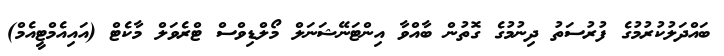
ބައްދަލުކުރުމުގެ ފުރުސަތު ދިނުމުގެ ގޮތުން ބާއްވާ އިންޓަނޭޝަނަލް މޯލްޑިވްސް ޓްރެވަލް މާކެޓް (އައިއެމްޓީއެމް)